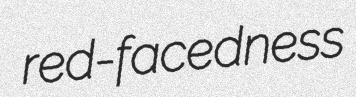
red-facedness